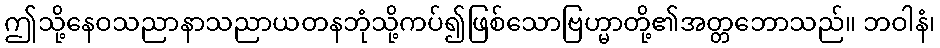
ဤသို့နေဝသညာနာသညာယတနဘုံသို့ကပ်၍ဖြစ်သောဗြဟ္မာတို့၏အတ္တဘောသည်။ ဘဝါနံ၊